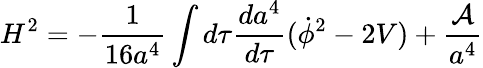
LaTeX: H^{2}=-\frac{1}{16a^{4}}\int d\tau\frac{da^{4}}{d\tau}(\dot{\phi}^{2}-2V)+\frac{\cal A}{a^{4}}